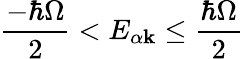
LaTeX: \frac{-\hbar\Omega}{2}<E_{\alpha\mathbf{k}}\leq\frac{\hbar\Omega}{2}